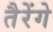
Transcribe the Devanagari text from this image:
तैरेंगे